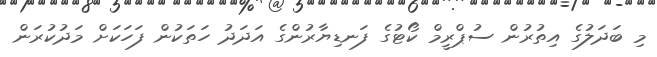
މި ބަދަލުގެ އިތުރުން ސުޕްރީމް ކޯޓުގެ ފަނޑިޔާރުންގެ އަދަދު ހަތަކުން ފަހަކަށް މަދުކުރަން